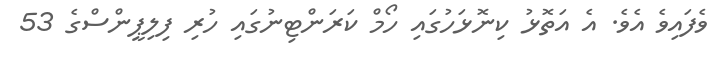
ވެފައިވެ އެވެ. އެ އަތޮޅު ކިނޮޅަހުގައި ހޯމް ކަރަންޓިނުގައި ހުރި ފިލިޕީންސްގެ 53